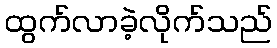
ထွက်လာခဲ့လိုက်သည်